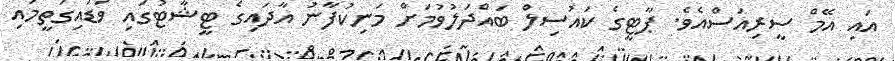
އައި އޭމް ސީރިއަސްއެވެ. ޕާޓީގެ ކައުސިލް ބައްދަލުވުމަށް މަނިކުފާނު އާދައިގެ ޓީޝާޓުގައި ވަޑައިގަތީމައި